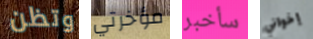
وتظن مؤخرتي سأخبر إخواني